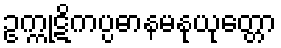
ဥက္ကုဋိကပ္ပဓာနမနုယုတ္တော